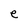
Character: e